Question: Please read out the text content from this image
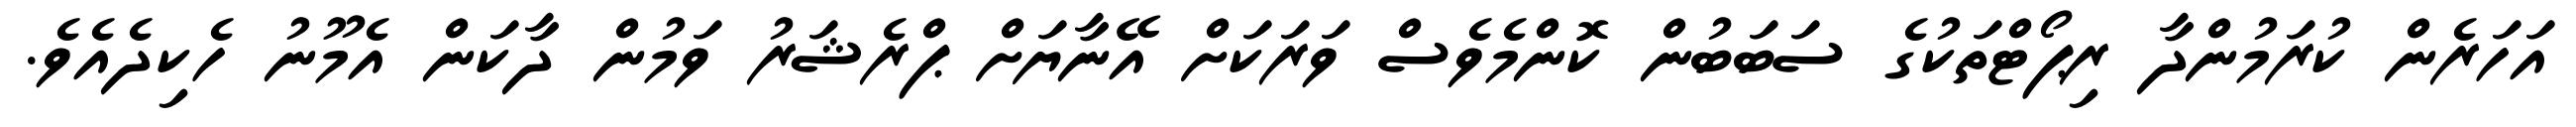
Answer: އަހަރެން ކުރަމުންދާ ރިޕޯޓްތަކުގެ ސަބަބުން ކޮންމެވެސް ވަރަކަށް އޭނާޔަށް ޕްރެޝަރު ވަމުން ދާކަން އެމޫނު ހެކިދެއެވެ.